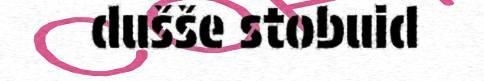
dušše stobuid